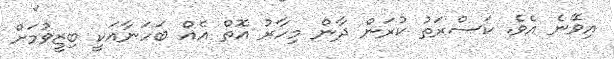
އިވޭނެ އެވެ. ކަސްރަތު ކުރަން ދާން މިހާރު އޮތް އެއް ބަހަނާއަކީ ބިޒީވުމަށް